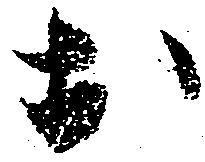
於